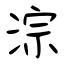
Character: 淙